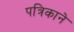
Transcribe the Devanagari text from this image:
पत्रिकाने